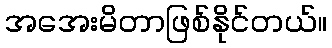
အအေးမိတာဖြစ်နိုင်တယ်။